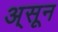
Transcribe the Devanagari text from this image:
अ्सून